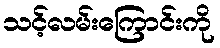
သင့်လမ်းကြောင်းကို